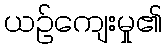
ယဉ်ကျေးမှု၏